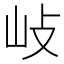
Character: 𡵨